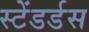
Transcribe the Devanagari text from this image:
स्टेंडर्डस